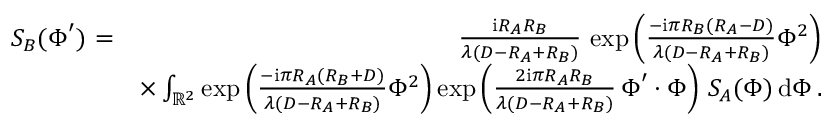
\begin{array} { r l r } { S _ { B } ( \boldsymbol \Phi ^ { \prime } ) } & { \! \! \! \! = } & { \! \! \! \! { \frac { \mathrm { i } R _ { A } R _ { B } } { \lambda ( D - R _ { A } + R _ { B } ) } } \, \exp \left( { \frac { - \mathrm { i } \pi R _ { B } ( R _ { A } - D ) } { \lambda ( D - R _ { A } + R _ { B } ) } } \Phi ^ { 2 } \right) } \\ & { } & { \times \int _ { { \mathbb R } ^ { 2 } } \exp \left( { \frac { - \mathrm { i } \pi R _ { A } ( R _ { B } + D ) } { \lambda ( D - R _ { A } + R _ { B } ) } } \Phi ^ { 2 } \right) \exp \left( { \frac { 2 \mathrm { i } \pi R _ { A } R _ { B } } { \lambda ( D - R _ { A } + R _ { B } ) } } \, \boldsymbol \Phi ^ { \prime } \boldsymbol \cdot \boldsymbol \Phi \right) \, S _ { A } ( \boldsymbol \Phi ) \, \mathrm { d } \boldsymbol \Phi \, . } \end{array}